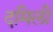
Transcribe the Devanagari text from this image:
दमिली